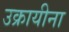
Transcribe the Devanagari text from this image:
उक्रायीना